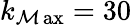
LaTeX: k_{\operatorname*{\mathcal{M}ax}}=30